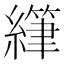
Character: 𫄂